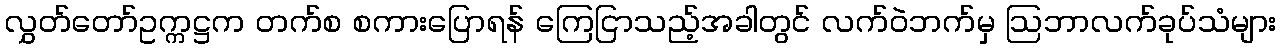
လွှတ်တော်ဥက္ကဋ္ဌက တက်စ စကားပြောရန် ကြေငြာသည့်အခါတွင် လက်ဝဲဘက်မှ ဩဘာလက်ခုပ်သံများ